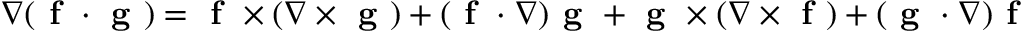
\nabla ( \textbf { f } \cdot \textbf { g } ) = \textbf { f } \times ( \nabla \times \textbf { g } ) + ( \textbf { f } \cdot \nabla ) \textbf { g } + \textbf { g } \times ( \nabla \times \textbf { f } ) + ( \textbf { g } \cdot \nabla ) \textbf { f }